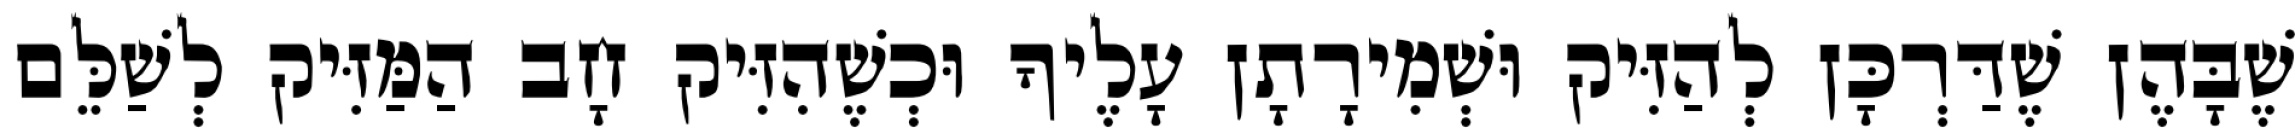
שֶׁבָּהֶן שֶׁדַּרְכָּן לְהַזִּיק וּשְׁמִירָתָן עָלֶיךָ וּכְשֶׁהִזִּיק חָב הַמַּזִּיק לְשַׁלֵּם